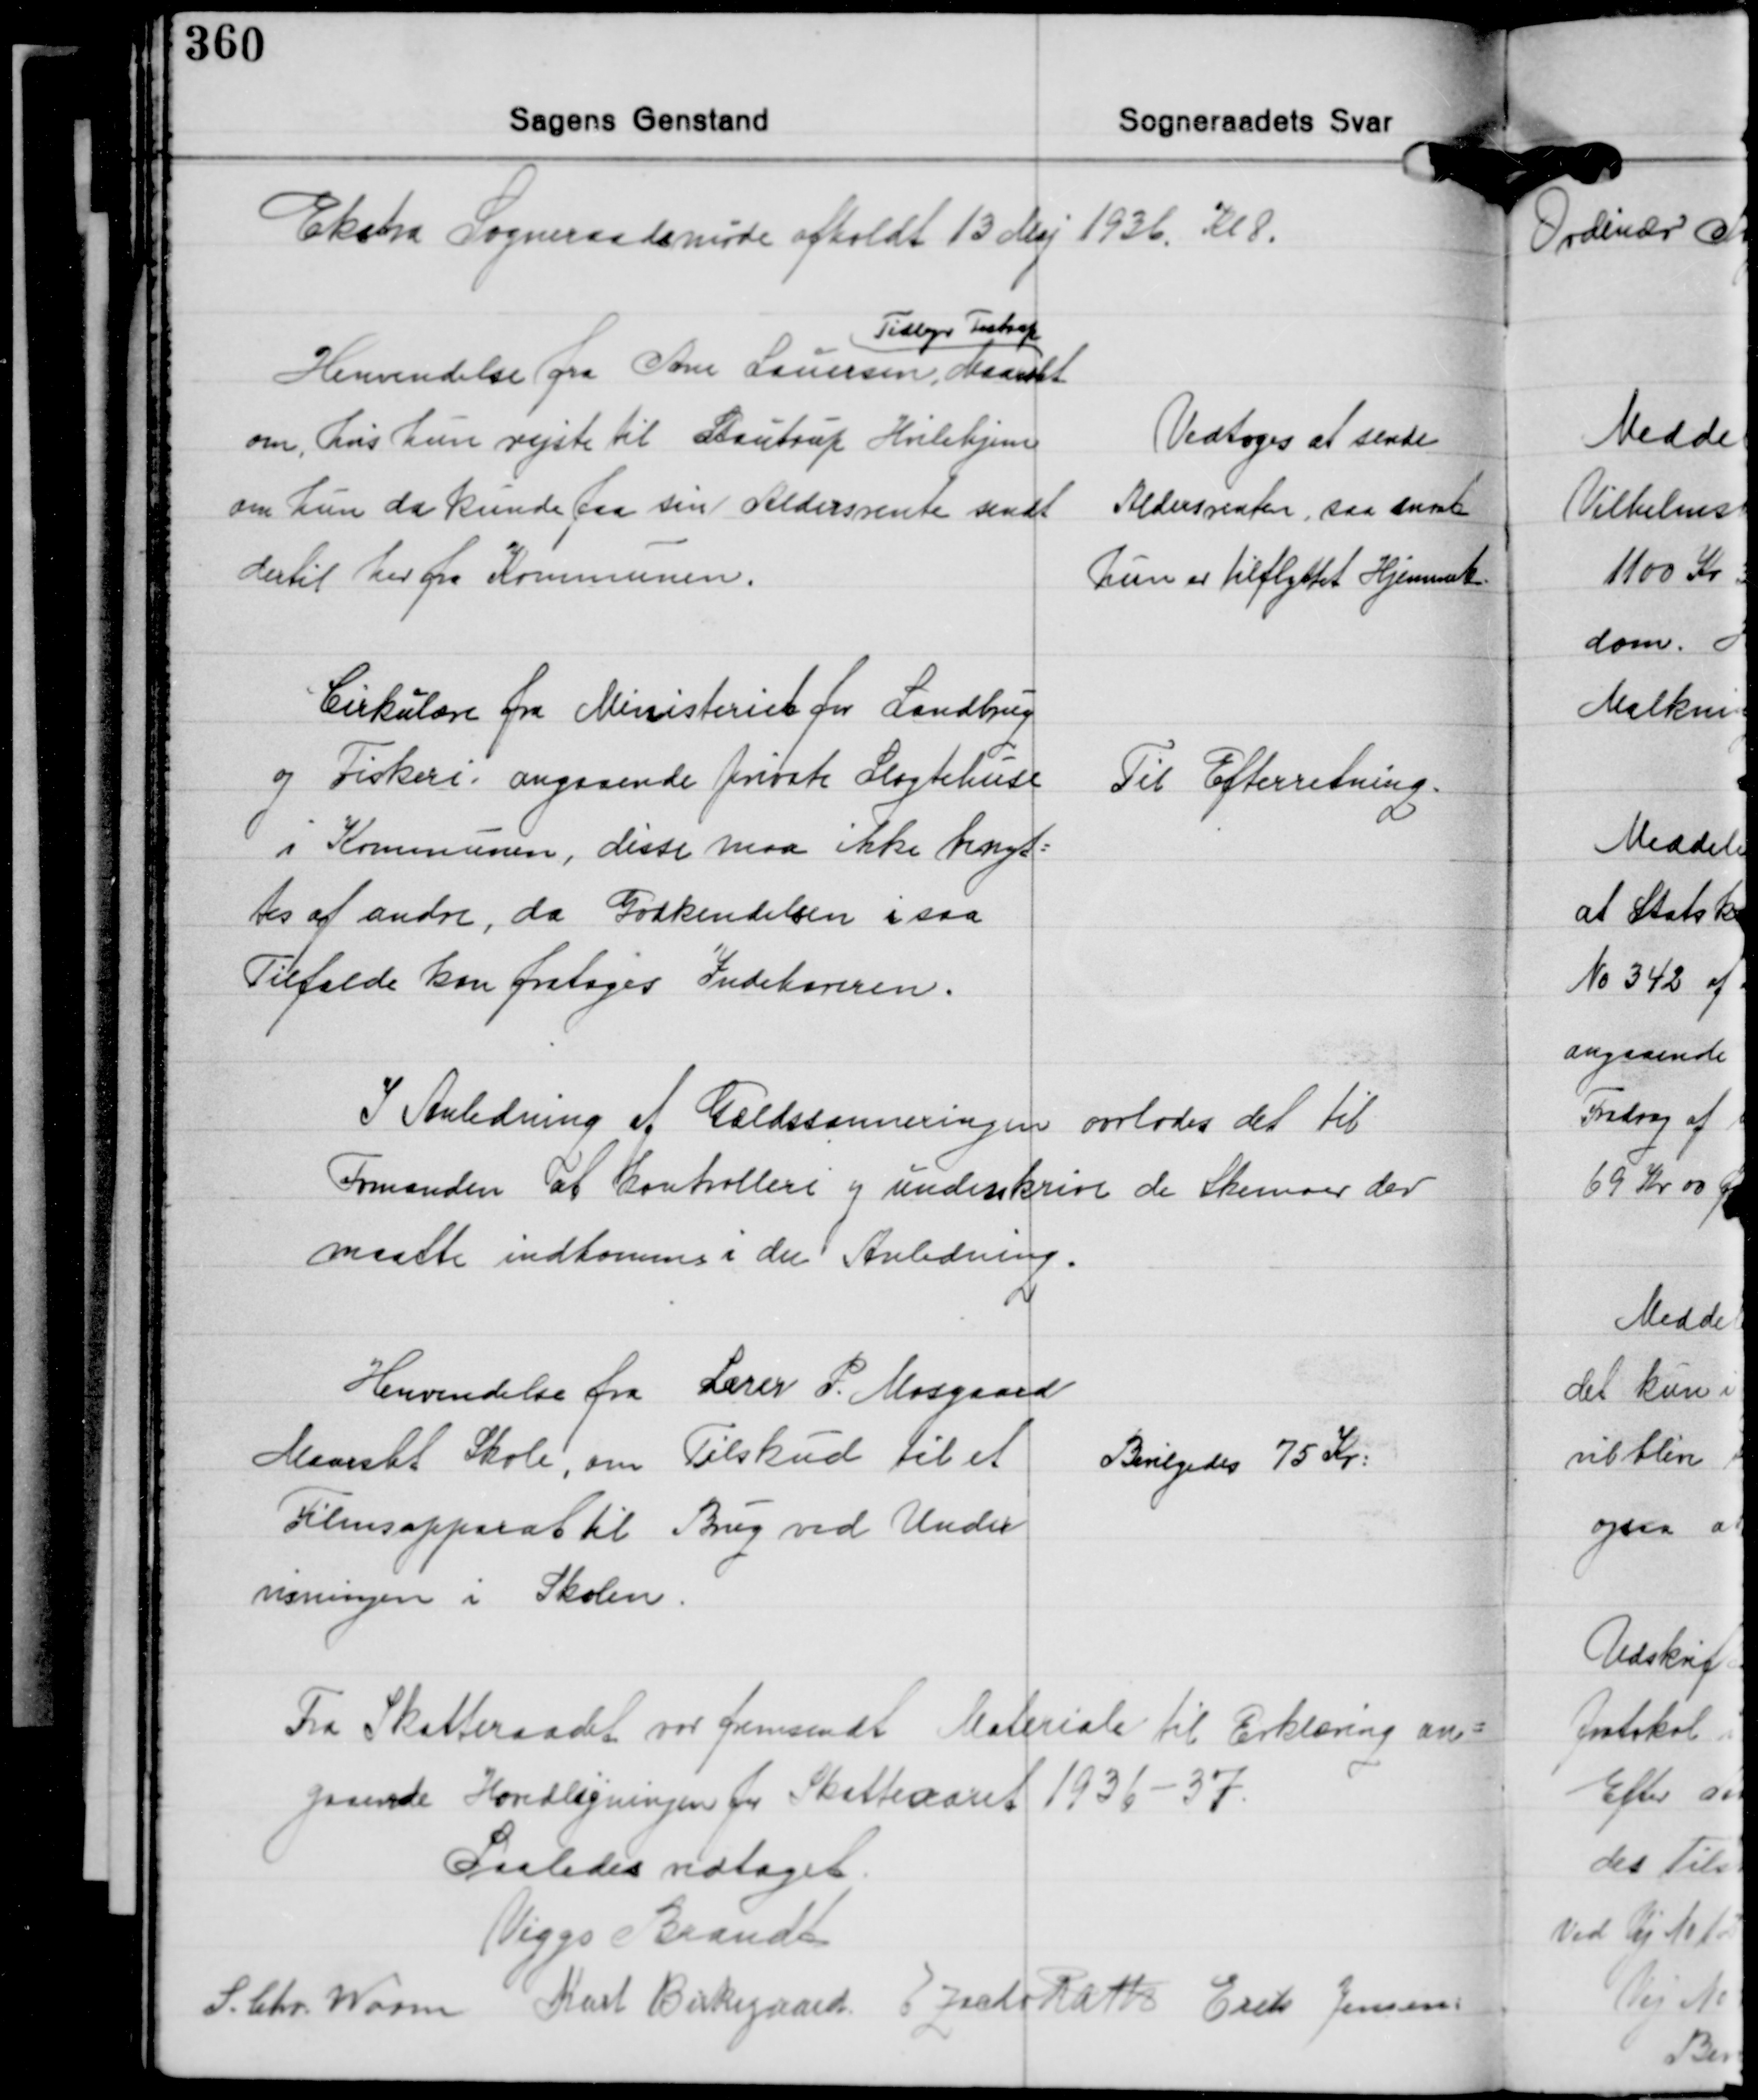
Transskription:
Ekstra Sogneraadsmøde afholdt 13 Maj 1936. Kl 8.

Tidligere Testrup
Henvendelse fra Ane Lauersen, Maarslet
om, hvis hun rejste til Stautrup Hvilehjem
om hun da kunde faa sin Aldersrente sendt
dertil her fra Kommunen.

Vedtoges at sende
Aldersrenten, saa snart
hun er tilflyttet Hjemmet.

Cirkulære fra Ministeriet for Landbrug
og Fiskeri angaaende private Slagtehuse
i Kommunen, disse maa ikke benyt-
tes af andre, da Godkendelsen i saa
Tilfælde kan fratages Indehaveren.

Til Efterretning.

I Anledning af Gældssaneringen overlodes det til
Formanden at kontrollere og underskrive de Skemaer der
maatte indkomme i den Anledning.

Henvendelse fra Lærer P. Mosgaard
Maarslet Skole, om Tilskud til et
Filmsapparat til Brug ved Under-
visningen i Skolen.

Bevilgedes 75 Kr.

Fra Skatteraadet var fremsendt Materiale til Erklæring an-
gaaende Hovedligningen for Skatteaaret 1936-37.

Saaledes vedtaget.
Viggo Brandt
S. Chr. Worm Karl Birkegaard E. Zacho Rath Erik Jensen